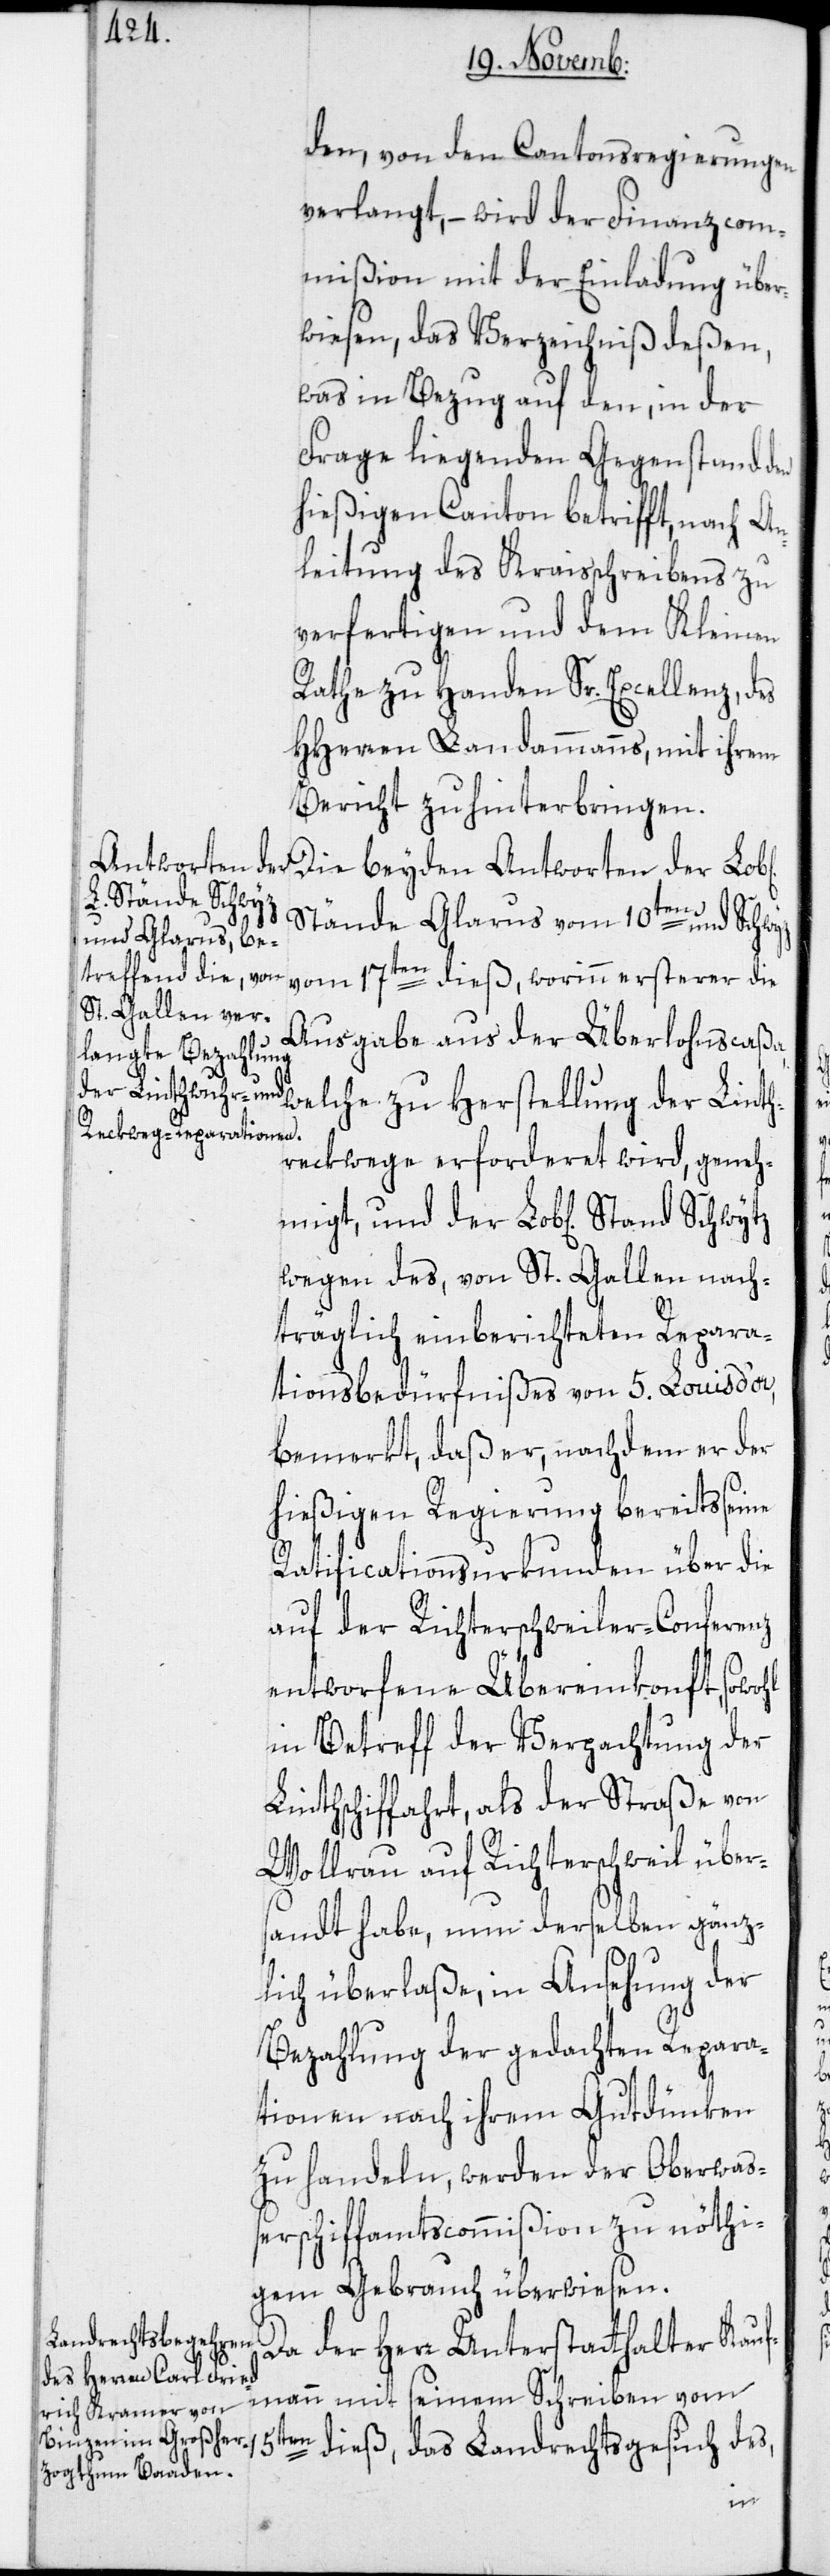
den, von den Cantonsregierungen
verlangt, – wird der Finanzcom¬
mißion mit der Einladung über¬
wiesen, das Verzeichniß deßen,
was in Bezug auf den, in der
Frage liegenden Gegenstand den
hießigen Canton betrifft, nach An¬
leitung des Kraisschreibens zu
verfertigen und dem Kleinen
Rathe zu Handen Sr. Excellenz, des
HHerren Landammanns, mit ihrem
Bericht zu hinterbringen.
Die beyden Antworten der Lob[l¬
hen]
Stände Glarus vom 10ten und Schwyz
vom 17ten dieß, worinn ersterer die
Ausgabe aus der Überlohnscaß¬
a, welche zu Herstellung der Linth¬
reckwege erforderet wird, geneh¬
wegen des, von St. Gallen nach¬
träglich einberichteten Repara¬
tionsbedürfnißes von 5. Louis d’or,
bemerkt, daß er, nachdem er der
hießigen Regierung bereits seine
Ratificationsurkunden über die
auf der Richterschweiler-Conferenz
entworfene Übereinkonft, sowohl
in Betreff der Verpachtung der
Linthschiffahrt, als der Straße von
Wollrau auf Richterschweil übers¬
andt habe, nun derselben gänz¬
lich überlaße, in Ansehung der
Bezahlung der gedachten Repara¬
tionen nach ihrem Gutdünken
zu handeln, werden der Oberwaß¬
erschiffamtscommißion zu nöthi¬
gem Gebrauch überwiesen.
Da der Herr Unterstatthalter Kauf¬
mann mit seinem Schreiben vom
der
15ten dieß, das Landrechtsgesuch des,
und